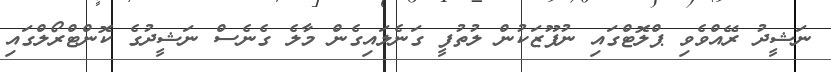
ނަޝީދު ރޭއްވެވި ޕްލޮޓްގައި ނުފޫޒަކުން ލުތުފީ ގަނެލައިގެން މާލެ ގެނެސް ނަޝީދުގެ ކޮންޓްރޯލްގައި